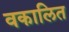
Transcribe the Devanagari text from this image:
वकालित